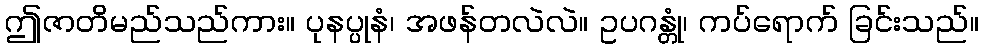
ဤဇာတိမည်သည်ကား။ ပုနပ္ပုနံ၊ အဖန်တလဲလဲ။ ဥပဂန္တုံ၊ ကပ်ရောက် ခြင်းသည်။